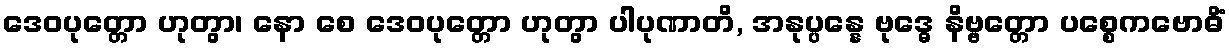
ဒေဝပုတ္တော ဟုတွာ၊ နော စေ ဒေဝပုတ္တော ဟုတွာ ပါပုဏာတိ, အနုပ္ပန္နေ ဗုဒ္ဓေ နိဗ္ဗတ္တော ပစ္စေကဗောဓိံ